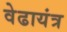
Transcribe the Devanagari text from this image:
वेढायंत्र